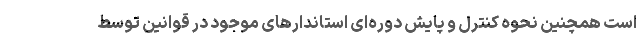
است همچنین نحوه کنترل و پایش دوره‌ای استاندارهای موجود در قوانین توسط